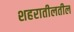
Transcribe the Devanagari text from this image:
शहरातीलतील